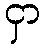
ငှာ